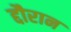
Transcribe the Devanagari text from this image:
द्दौरान